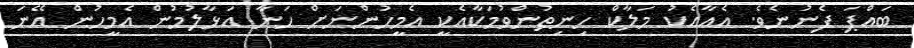
ބައްޕަ ފެނުނެވެ. އެއާއެކު މަލާކް ހިނިތުންވުމަކާއެކީ އެމީހުންނަށް ހަނާ އަޅާލުމުން އެމީހުން އޭނަ